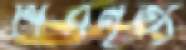
শিবনৃত্য